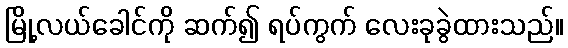
မြို့လယ်ခေါင်ကို ဆက်၍ ရပ်ကွက် လေးခုခွဲထားသည်။